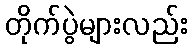
တိုက်ပွဲများလည်း